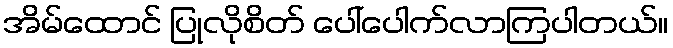
အိမ်ထောင် ပြုလိုစိတ် ပေါ်ပေါက်လာကြပါတယ်။